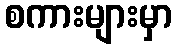
စကားများမှာ